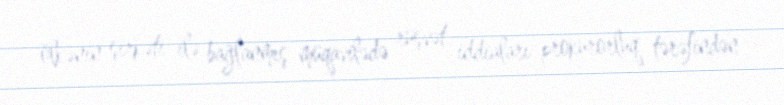
ölkənin şirkəti ilə bağlanmış müqavilədə rüşvət iddiaları prokurorluq tərəfindən